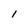
Character: I